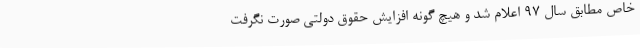
خاص مطابق سال 97 اعلام شد و هیچ گونه افزایش حقوق دولتی صورت نگرفت